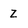
Character: Z